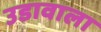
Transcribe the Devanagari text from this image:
उडावाला